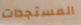
المستجدات